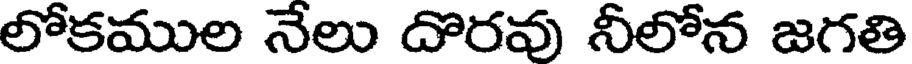
లోకముల నేలు దొరవు నీలోన జగతి